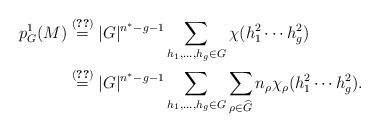
LaTeX: \begin{align*}p_G^1(M) &\stackrel{\eqref{equation:reg1}}{=} |G|^{n^*-g-1}\sum_{h_1,\dots,h_g \in G}\chi_{}(h_1^2\cdots h_g^2)\\&\stackrel{\eqref{equation:reg2}}{=} |G|^{n^*-g-1}\sum_{h_1,\dots,h_g \in G}\sum_{\rho \in \widehat{G}}n_{\rho}\chi_{\rho}(h_1^2\cdots h_g^2).\end{align*}